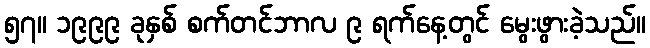
၅၇။ ၁၉၉၉ ခုနှစ် စက်တင်ဘာလ ၉ ရက်နေ့တွင် မွေးဖွားခဲ့သည်။